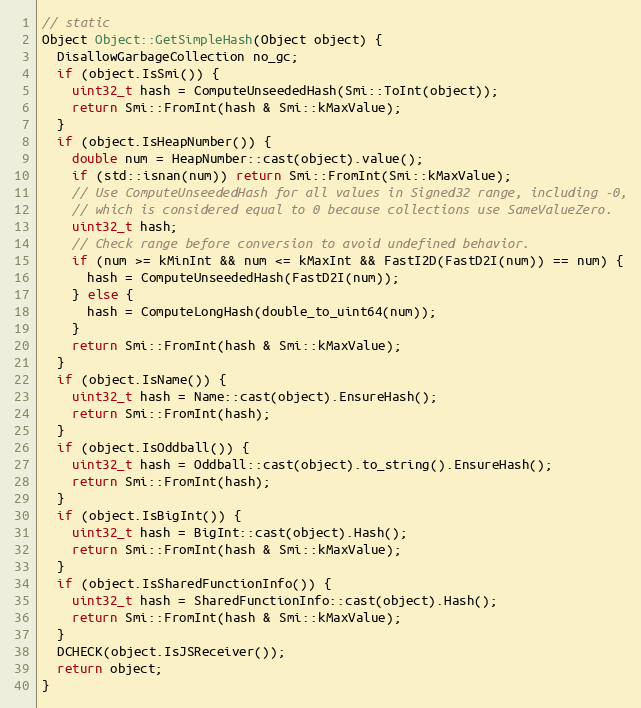
Language: C
// static
Object Object::GetSimpleHash(Object object) {
  DisallowGarbageCollection no_gc;
  if (object.IsSmi()) {
    uint32_t hash = ComputeUnseededHash(Smi::ToInt(object));
    return Smi::FromInt(hash & Smi::kMaxValue);
  }
  if (object.IsHeapNumber()) {
    double num = HeapNumber::cast(object).value();
    if (std::isnan(num)) return Smi::FromInt(Smi::kMaxValue);
    // Use ComputeUnseededHash for all values in Signed32 range, including -0,
    // which is considered equal to 0 because collections use SameValueZero.
    uint32_t hash;
    // Check range before conversion to avoid undefined behavior.
    if (num >= kMinInt && num <= kMaxInt && FastI2D(FastD2I(num)) == num) {
      hash = ComputeUnseededHash(FastD2I(num));
    } else {
      hash = ComputeLongHash(double_to_uint64(num));
    }
    return Smi::FromInt(hash & Smi::kMaxValue);
  }
  if (object.IsName()) {
    uint32_t hash = Name::cast(object).EnsureHash();
    return Smi::FromInt(hash);
  }
  if (object.IsOddball()) {
    uint32_t hash = Oddball::cast(object).to_string().EnsureHash();
    return Smi::FromInt(hash);
  }
  if (object.IsBigInt()) {
    uint32_t hash = BigInt::cast(object).Hash();
    return Smi::FromInt(hash & Smi::kMaxValue);
  }
  if (object.IsSharedFunctionInfo()) {
    uint32_t hash = SharedFunctionInfo::cast(object).Hash();
    return Smi::FromInt(hash & Smi::kMaxValue);
  }
  DCHECK(object.IsJSReceiver());
  return object;
}